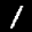
Label: 1